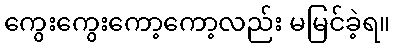
ကွေးကွေးကော့ကော့လည်း မမြင်ခဲ့ရ။